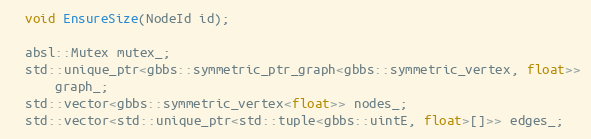
Language: C
  void EnsureSize(NodeId id);

  absl::Mutex mutex_;
  std::unique_ptr<gbbs::symmetric_ptr_graph<gbbs::symmetric_vertex, float>>
      graph_;
  std::vector<gbbs::symmetric_vertex<float>> nodes_;
  std::vector<std::unique_ptr<std::tuple<gbbs::uintE, float>[]>> edges_;